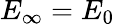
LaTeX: E_{\infty}=E_{0}